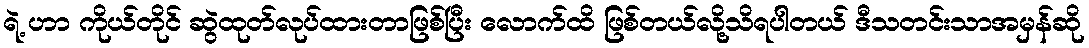
ရဲ့ ဟာ ကိုယ်တိုင် ဆွဲထုတ်လုပ်ထားတာဖြစ်ပြီး လောက်ထိ ဖြစ်တယ်လို့သိရပါတယ် ဒီသတင်းသာအမှန်ဆို